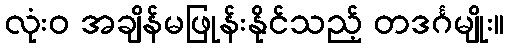
လုံးဝ အချိန်မဖြုန်းနိုင်သည့် တဒင်္ဂမျိုး။